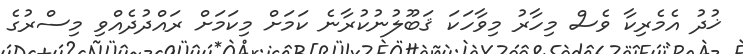
ޚުދު އެމެރިކާ ވެސް މިހާރު މިވާހަކަ ޤަބޫލުނުކުރާނެ ކަމަށް މިކަމަށް ރައްދުދެއްވި މިސްރުގެ